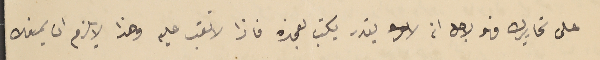
على تحاريرك فهو لاجل انه يقدر يكتب لغيره فاذا لا تعتب عليه وهذا لا يلزم ان يمنعك